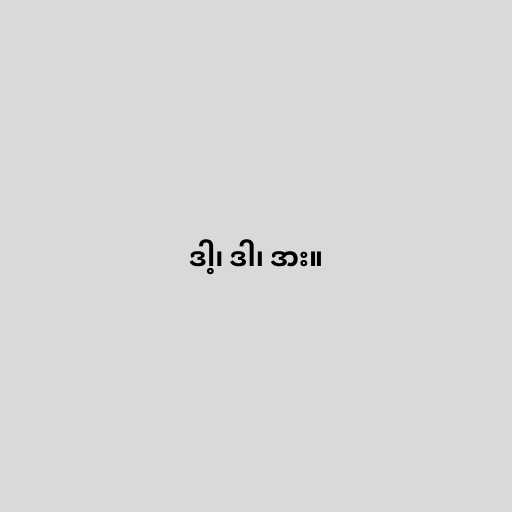
ဒါ့၊ ဒါ၊ ဒား။